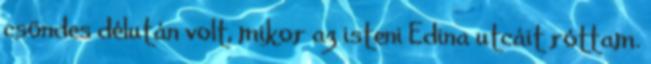
csöndes délután volt, mikor az isteni Edina utcáit róttam.